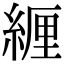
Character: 緾